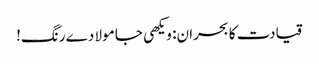
قیادت کا بحران: ویکھی جا مولا دے رنگ!